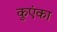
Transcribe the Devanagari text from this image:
कुएंका